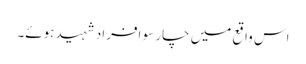
اس واقع میں چار سو افراد شہید ہوئے۔